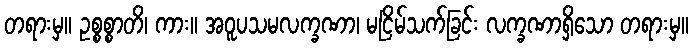
တရားမှ။ ဥစ္စစ္စာတိ၊ ကား။ အဝူပသမလက္ခဏာ၊ မငြိမ်သက်ခြင်း လက္ခဏာရှိသော တရားမှ။